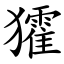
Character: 㺢